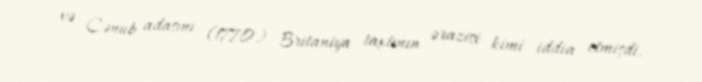
və Cənub adasını (1770) Britaniya taxtının ərazisi kimi iddia etmişdi.